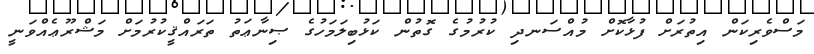
މަސްވެރިކަން އިތުރަށް ފުޅާކޮށް މުއްސަނދި ކުރުމުގެ ގޮތުން ކަޅުބިލަމަހުގެ ޞިނާޢަތު ތަރައްޤީކުރުމަށް މަޝްރޫޢެއްވަނީ